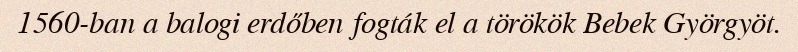
1560-ban a balogi erdőben fogták el a törökök Bebek Györgyöt.